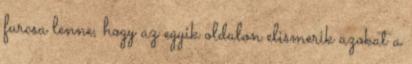
furcsa lenne, hogy az egyik oldalon elismerik azokat a